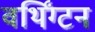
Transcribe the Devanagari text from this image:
वर्थिंग्टन